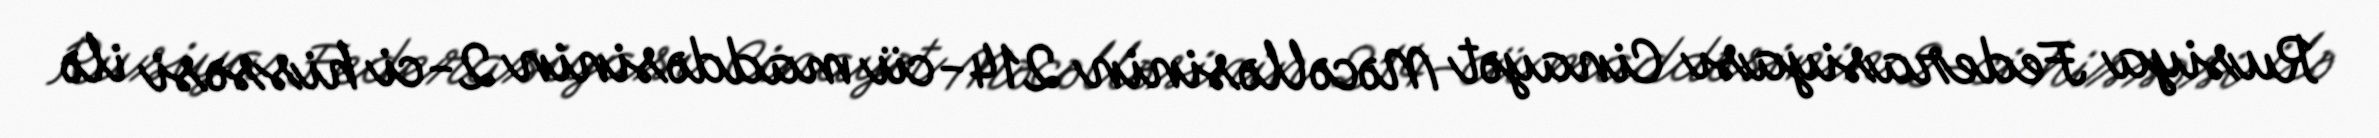
Rusiya Federasiyası Cinayət Məcəlləsinin 214-cü maddəsinin 2-ci hissəsi ilə